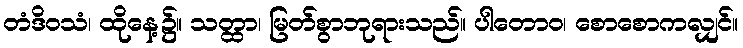
တံဒိဝသံ၊ ထိုနေ့၌။ သတ္ထာ၊ မြတ်စွာဘုရားသည်။ ပါတောဝ၊ စောစောကလျှင်။